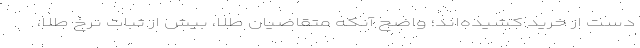
دست از خرید کشیده‌اند؛ واضح آنکه متقاضیان طلا، بیش از ثبات نرخ طلا،